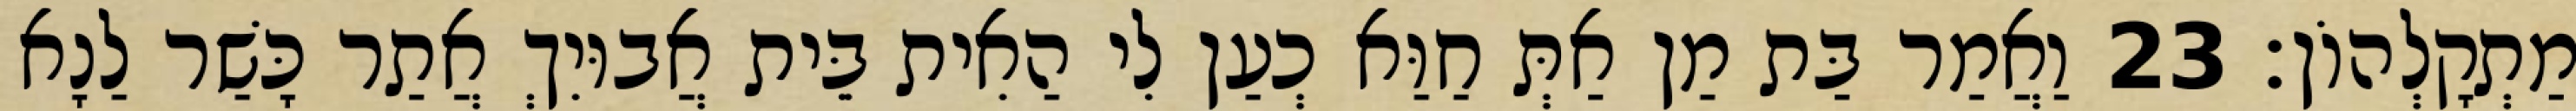
מַתְקָלְהוֹן׃ 23 וַאֲמַר בַּת מַן אַתְּ חַוַּא כְעַן לִי הַאִית בֵּית אֲבוּיִךְ אֲתַר כָּשַׁר לַנָא